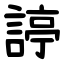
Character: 諪